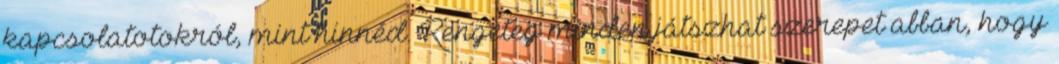
kapcsolatotokról, mint hinnéd. Rengeteg minden játszhat szerepet abban, hogy